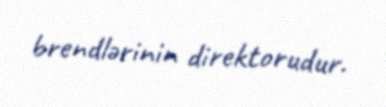
brendlərinin direktorudur.